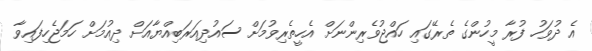
އެ ދުވަހު ފުރާ މީހުންގެ ތެރޭގައި ހައްޖުވެރިންނަށް އެހީތެރިވުމަށް ސައުދިއަރަބިއްޔާއަށް ދިއުމަށް ހަމަޖެހިފައިވާ